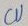
Text: CV